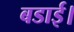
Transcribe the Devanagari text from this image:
बडाई।